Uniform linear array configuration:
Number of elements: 24
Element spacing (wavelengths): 0.75
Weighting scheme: kaiser
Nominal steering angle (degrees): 60
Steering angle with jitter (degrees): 60.335
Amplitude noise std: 0.05
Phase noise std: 0.05

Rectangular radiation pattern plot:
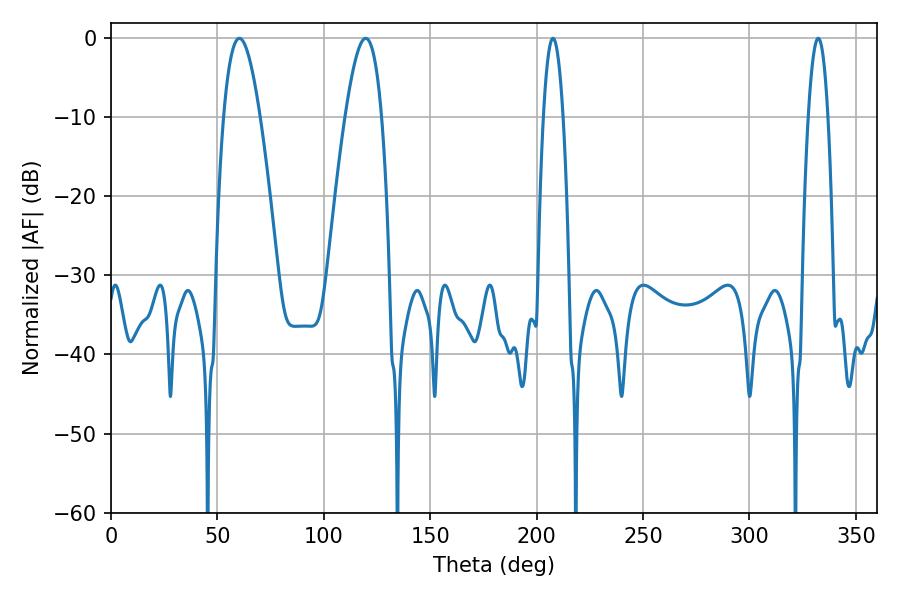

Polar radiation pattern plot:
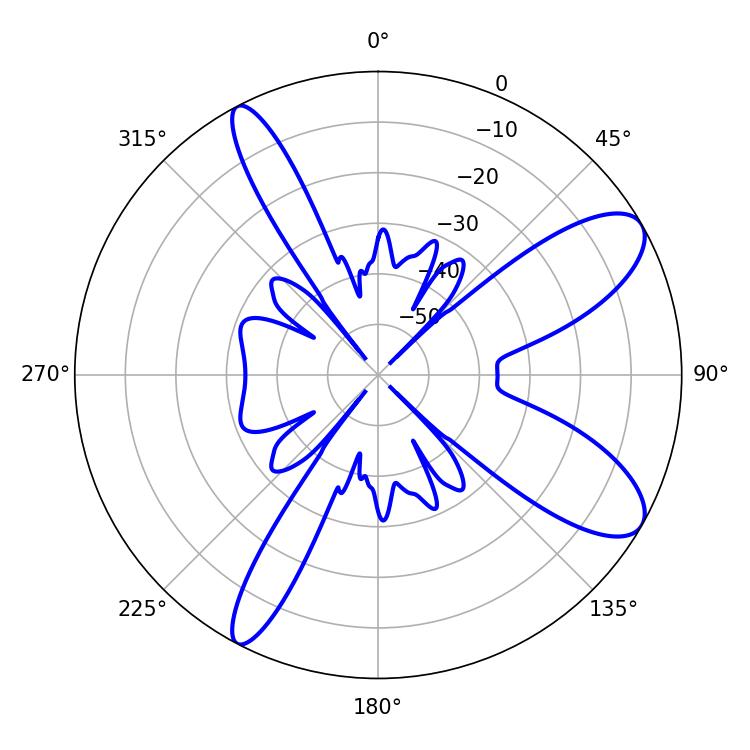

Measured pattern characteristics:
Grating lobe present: TRUE
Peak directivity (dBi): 9.626
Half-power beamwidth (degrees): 9.36
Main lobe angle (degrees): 60.3